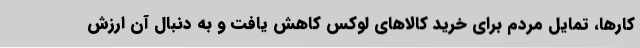
کارها، تمایل مردم برای خرید کالاهای لوکس کاهش یافت و به دنبال آن ارزش